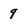
Character: 9